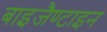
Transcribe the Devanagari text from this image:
बाइजैण्टाइन